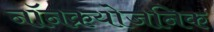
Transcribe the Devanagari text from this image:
नॉनक्रयोजनिक